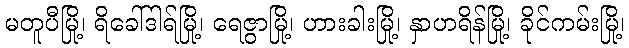
မတူပီမြို့၊ ရိခေါ်ဒါရ်မြို့၊ ရေဇွာမြို့၊ ဟားခါးမြို့၊ နှာဟရိန်မြို့၊ ခိုင်ကမ်းမြို့၊